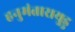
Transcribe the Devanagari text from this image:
हनुमंतारायुडु